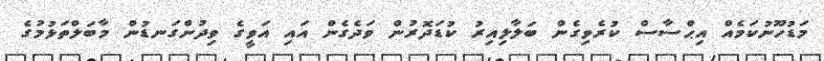
މަޑުހޫނުކަމެއް އިޙްސާސް ކުރެވިގެން ބަލާލިއިރު ކުޑަދޮރުން ވަދެގެން އައި އަވީގެ ވިދުންގަނޑުން މާބަލްތަޅުމުގެ